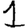
Digit: 1